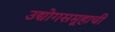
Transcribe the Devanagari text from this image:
उद्योगसमूहाचीं